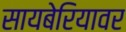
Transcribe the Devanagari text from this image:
सायबेरियावर